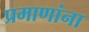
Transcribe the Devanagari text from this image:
प्रमाणांना